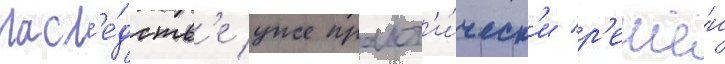
насл'е́дств'е уже практ'и́ческ'и р'ешё́н